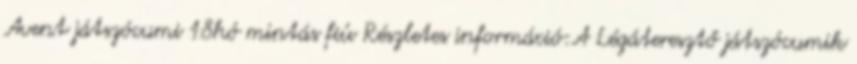
Avent játszócumi 18hó mintás fiú Részletes információ:A Légáteresztő játszócumik